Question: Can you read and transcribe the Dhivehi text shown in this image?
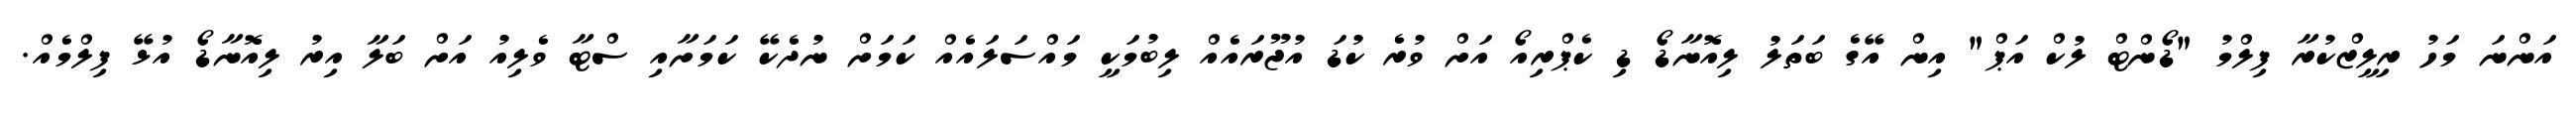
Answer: އަންނަ މަހު ރިލީޒްކުރާ ފިލްމު "ޑޯންޓް ލުކް އަޕް" އިން އޭގެ ބަތަލު ލިއޮނާޑޯ ޑި ކެޕްރިއޯ އަށް ވުރެ ކުޑަ އުޖޫރައެއް ލިބުމަކީ މައްސަލައެއް ކަމަށް ނުދެކޭ ކަމަށާއި ސްޓާ ވެލިއު އަށް ބަލާ އިރު ލިއޮނާޑޯ އުޅޭ ފިލްމެއް.